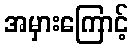
အမှားကြောင့်